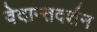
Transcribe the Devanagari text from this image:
वेदान्तदर्शन